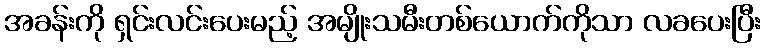
အခန်းကို ရှင်းလင်းပေးမည့် အမျိုးသမီးတစ်ယောက်ကိုသာ လခပေးပြီး